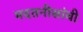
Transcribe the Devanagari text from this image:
मदतनीसांची